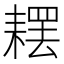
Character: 䎬